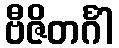
ဗီဇိတင်္ဂါ